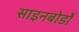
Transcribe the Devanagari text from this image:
साइनबोर्डों